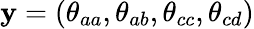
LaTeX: \mathbf{y}=(\theta_{aa},\theta_{ab},\theta_{cc},\theta_{cd})